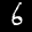
Label: 6